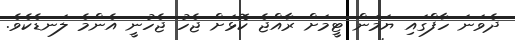
ދެވަނަ ހާފްގައި ޔަމަން ޓީމަށް ރާއްޖެ ކޮޅަށް ޖެހު ޖެހުނީ އެންމެ ލަނޑެކެވެ.